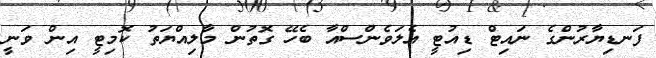
ފަނޑިޔާރުންގެ ނައިޓް ޑިއުޓީ އެލަވެންސްއާ ބެހޭ ގޮތުން މާލިއްޔަތު ކޮމިޓީ އިން ވަނީ